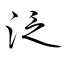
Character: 泛